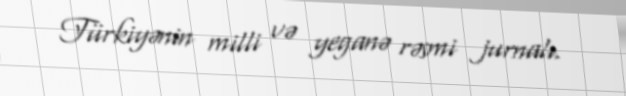
Türkiyənin milli və yeganə rəsmi jurnalı.